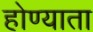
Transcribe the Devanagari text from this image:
होण्याता